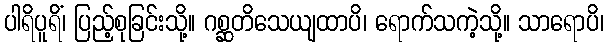
ပါရိပူရိံ၊ ပြည့်စုခြင်းသို့။ ဂစ္ဆတိသေယျထာပိ၊ ရောက်သကဲ့သို့။ သာရောပိ၊